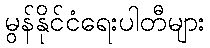
မွန်နိုင်ငံရေးပါတီများ